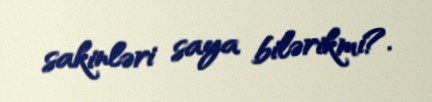
sakinləri saya bilərikmi?.